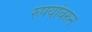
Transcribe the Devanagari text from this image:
रुपयांवरुन